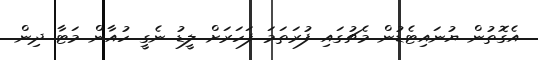
އެގޮތުން ޔުނައިޓެޑުން މެޗުގައި ފުރަތަމަ ފަހަރަށް ލީޑު ނެގީ ހުއާން މަޓާ ދިން